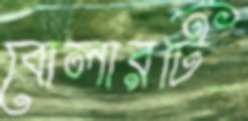
বোলারটি